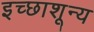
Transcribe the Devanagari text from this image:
इच्छाशून्य